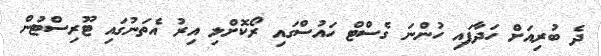
ދެ ބުރިއަށް ހަދާފައި ހުންނަ ގެސްޓް ހައުސްގައި ރޯކޮށްލި އިރު އެތަނުގައި ޓޫރިސްޓުން